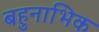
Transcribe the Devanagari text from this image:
बहुनाभिक